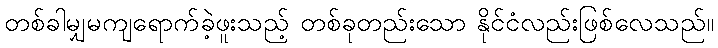
တစ်ခါမျှမကျရောက်ခဲ့ဖူးသည့် တစ်ခုတည်းသော နိုင်ငံလည်းဖြစ်လေသည်။